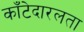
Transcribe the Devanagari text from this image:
काँटेदारलता